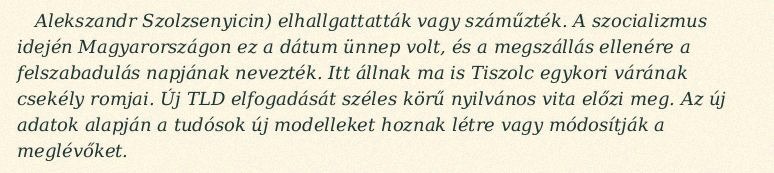
Alekszandr Szolzsenyicin) elhallgattatták vagy száműzték. A szocializmus idején Magyarországon ez a dátum ünnep volt, és a megszállás ellenére a felszabadulás napjának nevezték. Itt állnak ma is Tiszolc egykori várának csekély romjai. Új TLD elfogadását széles körű nyilvános vita előzi meg. Az új adatok alapján a tudósok új modelleket hoznak létre vagy módosítják a meglévőket.